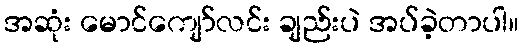
အဆုံး မောင်ကျော်လင်း ချည်းပဲ အပ်ခဲ့တာပါ။